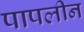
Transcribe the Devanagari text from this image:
पापलीन